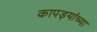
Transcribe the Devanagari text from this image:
कापड्यांच्या